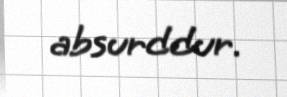
absurddur.